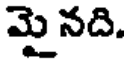
మై నది.